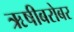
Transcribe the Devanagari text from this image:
ऋषीबरोबर